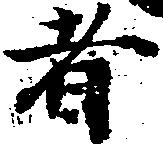
者